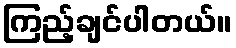
ကြည့်ချင်ပါတယ်။